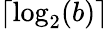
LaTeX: \lceil\log_{2}(b)\rceil